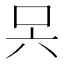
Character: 𭇊